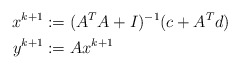
\begin{align*}x^{k+1} &:= (A^TA + I)^{-1}(c + A^Td) \\y^{k+1} &:= Ax^{k+1}\end{align*}